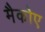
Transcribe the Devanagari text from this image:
मैकोए